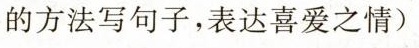
的方法写句子，表达喜爱之情)